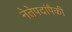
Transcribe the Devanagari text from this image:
नेतेपदांपैकी